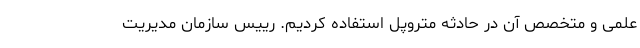
علمی و متخصص آن در حادثه متروپل استفاده کردیم. رییس سازمان مدیریت